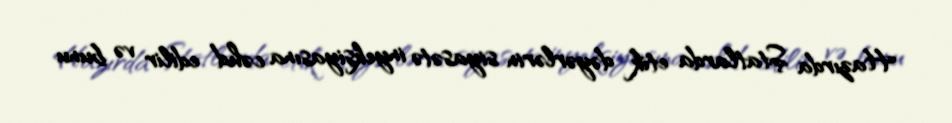
Hazırda Ştatlarda etik dəyərlərin siyasətə inyeksiyasına cəhd edilir və bunu